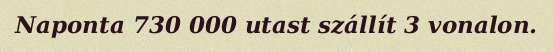
Naponta 730 000 utast szállít 3 vonalon.